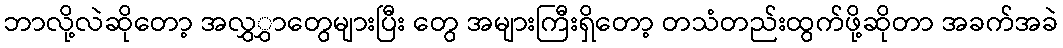
ဘာလို့လဲဆိုတော့ အလွှွှာတွေများပြီး တွေ အများကြီးရှိတော့ တသံတည်းထွက်ဖို့ဆိုတာ အခက်အခဲ